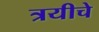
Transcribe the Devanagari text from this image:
त्रयीचे